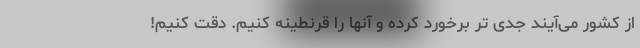
از کشور می‌آیند جدی تر برخورد کرده و آنها را قرنطینه کنیم. دقت کنیم!